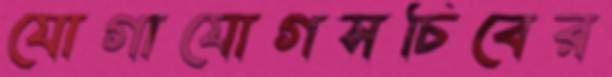
যোগাযোগসচিবের